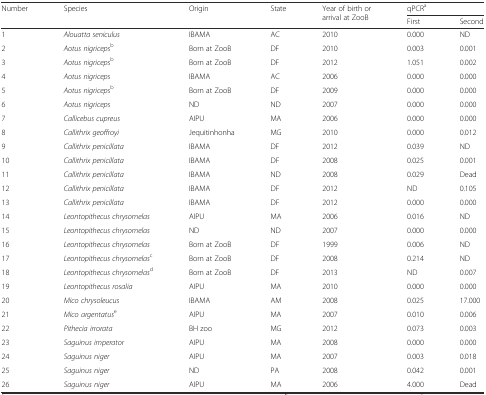
<table><thead><tr><td rowspan="2"><b>Number</b></td><td rowspan="2"><b>Species</b></td><td rowspan="2"><b>Origin</b></td><td rowspan="2"><b>State</b></td><td rowspan="2"><b>Year of birth or arrival at ZooB</b></td><td colspan="2"><b>qPCR<sup>a</sup></b></td></tr><tr><td><b>First</b></td><td><b>Second</b></td></tr></thead><tbody><tr><td>1</td><td><i>Alouatta seniculus</i></td><td>IBAMA</td><td>AC</td><td>2010</td><td>0.000</td><td>ND</td></tr><tr><td>2</td><td><i>Aotus nigriceps</i><sup>b</sup></td><td>Born at ZooB</td><td>DF</td><td>2010</td><td>0.003</td><td>0.001</td></tr><tr><td>3</td><td><i>Aotus nigriceps</i><sup>b</sup></td><td>Born at ZooB</td><td>DF</td><td>2012</td><td>1.051</td><td>0.002</td></tr><tr><td>4</td><td><i>Aotus nigriceps</i></td><td>IBAMA</td><td>AC</td><td>2006</td><td>0.000</td><td>0.000</td></tr><tr><td>5</td><td><i>Aotus nigriceps</i><sup>b</sup></td><td>Born at ZooB</td><td>DF</td><td>2009</td><td>0.000</td><td>0.000</td></tr><tr><td>6</td><td><i>Aotus nigriceps</i></td><td>ND</td><td>ND</td><td>2007</td><td>0.000</td><td>0.000</td></tr><tr><td>7</td><td><i>Callicebus cupreus</i></td><td>AIPU</td><td>MA</td><td>2006</td><td>0.000</td><td>0.000</td></tr><tr><td>8</td><td><i>Callithrix geoffroyi</i></td><td>Jequitinhonha</td><td>MG</td><td>2010</td><td>0.000</td><td>0.012</td></tr><tr><td>9</td><td><i>Callithrix penicillata</i></td><td>IBAMA</td><td>DF</td><td>2012</td><td>0.039</td><td>ND</td></tr><tr><td>10</td><td><i>Callithrix penicillata</i></td><td>IBAMA</td><td>DF</td><td>2008</td><td>0.025</td><td>0.001</td></tr><tr><td>11</td><td><i>Callithrix penicillata</i></td><td>IBAMA</td><td>ND</td><td>2008</td><td>0.029</td><td>Dead</td></tr><tr><td>12</td><td><i>Callithrix penicillata</i></td><td>IBAMA</td><td>DF</td><td>2012</td><td>ND</td><td>0.105</td></tr><tr><td>13</td><td><i>Callithrix penicillata</i></td><td>IBAMA</td><td>DF</td><td>2012</td><td>0.000</td><td>0.000</td></tr><tr><td>14</td><td><i>Leontopithecus chrysomelas</i></td><td>AIPU</td><td>MA</td><td>2006</td><td>0.016</td><td>ND</td></tr><tr><td>15</td><td><i>Leontopithecus chrysomelas</i></td><td>ND</td><td>ND</td><td>2007</td><td>0.000</td><td>0.000</td></tr><tr><td>16</td><td><i>Leontopithecus chrysomelas</i></td><td>Born at ZooB</td><td>DF</td><td>1999</td><td>0.006</td><td>ND</td></tr><tr><td>17</td><td><i>Leontopithecus chrysomelas</i><sup>c</sup></td><td>Born at ZooB</td><td>DF</td><td>2008</td><td>0.214</td><td>ND</td></tr><tr><td>18</td><td><i>Leontopithecus chrysomelas</i><sup>d</sup></td><td>Born at ZooB</td><td>DF</td><td>2013</td><td>ND</td><td>0.007</td></tr><tr><td>19</td><td><i>Leontopithecus rosalia</i></td><td>AIPU</td><td>MA</td><td>2010</td><td>0.000</td><td>0.000</td></tr><tr><td>20</td><td><i>Mico chrysoleucus</i></td><td>IBAMA</td><td>AM</td><td>2008</td><td>0.025</td><td>17.000</td></tr><tr><td>21</td><td><i>Mico argentatus</i><sup>e</sup></td><td>AIPU</td><td>MA</td><td>2007</td><td>0.010</td><td>0.006</td></tr><tr><td>22</td><td><i>Pithecia irrorata</i></td><td>BH zoo</td><td>MG</td><td>2012</td><td>0.073</td><td>0.003</td></tr><tr><td>23</td><td><i>Saguinus imperator</i></td><td>AIPU</td><td>MA</td><td>2008</td><td>0.000</td><td>0.000</td></tr><tr><td>24</td><td><i>Saguinus niger</i></td><td>AIPU</td><td>MA</td><td>2007</td><td>0.003</td><td>0.018</td></tr><tr><td>25</td><td><i>Saguinus niger</i></td><td>ND</td><td>PA</td><td>2008</td><td>0.042</td><td>0.001</td></tr><tr><td>26</td><td><i>Saguinus niger</i></td><td>AIPU</td><td>MA</td><td>2006</td><td>4.000</td><td>Dead</td></tr></tbody></table>